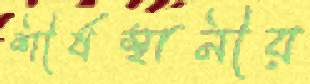
শীর্ষস্থানীয়